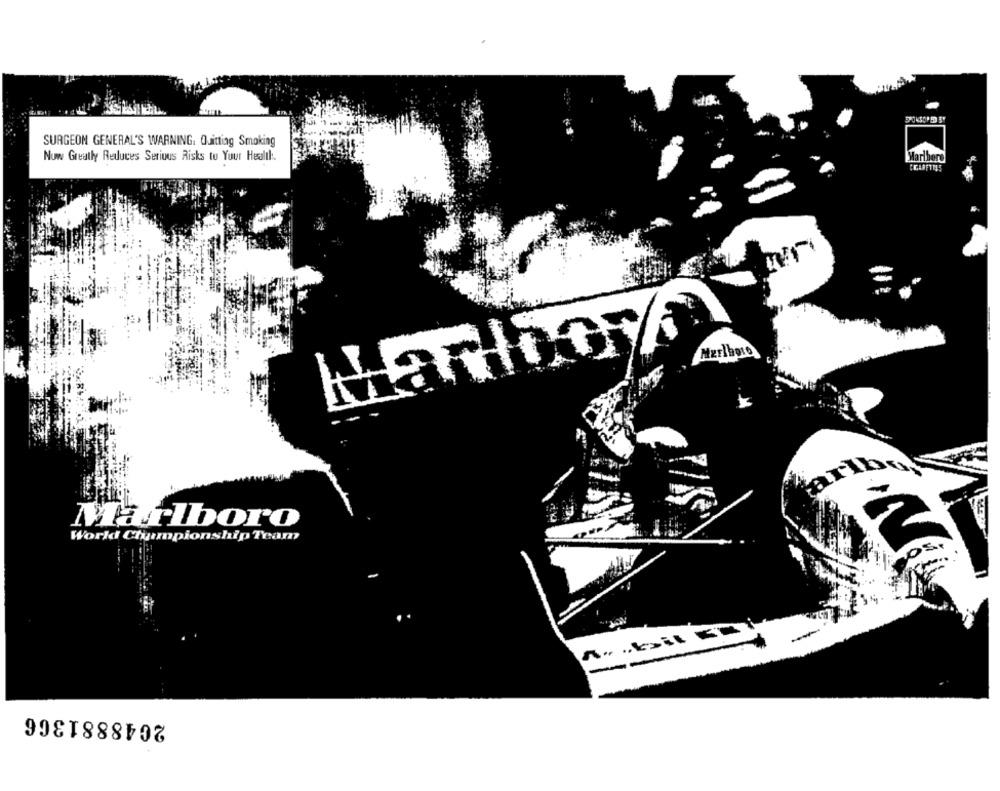
SURGEON GENERAL'S WARNING. Quitting Smoking
Now Greatly Reduces Serious Risks to Your Health :.
Marlboro
CARFINES
-
Marlboro
Marlboro
World Championship Team
--
2048881366